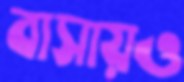
বাসায়ও